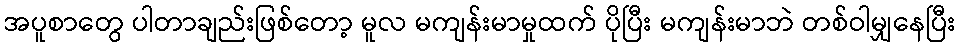
အပူစာတွေ ပါတာချည်းဖြစ်တော့ မူလ မကျန်းမာမှုထက် ပိုပြီး မကျန်းမာဘဲ တစ်ဝါမျှနေပြီး